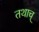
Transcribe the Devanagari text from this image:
तथाच्